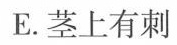
E.茎上有刺